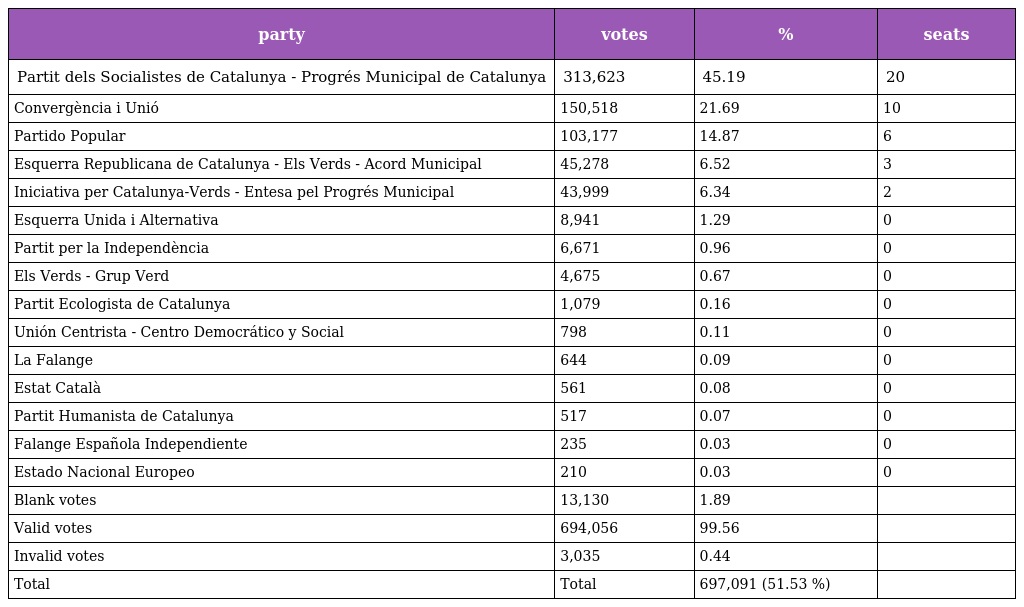
| party | votes | % | seats |
 | --- | --- | --- | --- |
 | Partit dels Socialistes de Catalunya - Progrés Municipal de Catalunya | 313,623 | 45.19 | 20 |
 | Convergència i Unió | 150,518 | 21.69 | 10 |
 | Partido Popular | 103,177 | 14.87 | 6 |
 | Esquerra Republicana de Catalunya - Els Verds - Acord Municipal | 45,278 | 6.52 | 3 |
 | Iniciativa per Catalunya-Verds - Entesa pel Progrés Municipal | 43,999 | 6.34 | 2 |
 | Esquerra Unida i Alternativa | 8,941 | 1.29 | 0 |
 | Partit per la Independència | 6,671 | 0.96 | 0 |
 | Els Verds - Grup Verd | 4,675 | 0.67 | 0 |
 | Partit Ecologista de Catalunya | 1,079 | 0.16 | 0 |
 | Unión Centrista - Centro Democrático y Social | 798 | 0.11 | 0 |
 | La Falange | 644 | 0.09 | 0 |
 | Estat Català | 561 | 0.08 | 0 |
 | Partit Humanista de Catalunya | 517 | 0.07 | 0 |
 | Falange Española Independiente | 235 | 0.03 | 0 |
 | Estado Nacional Europeo | 210 | 0.03 | 0 |
 | Blank votes | 13,130 | 1.89 |  |
 | Valid votes | 694,056 | 99.56 |  |
 | Invalid votes | 3,035 | 0.44 |  |
 | Total | Total | 697,091 (51.53 %) |  |